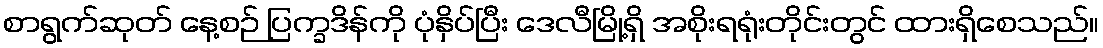
စာရွက်ဆုတ် နေ့စဉ် ပြက္ခဒိန်ကို ပုံနှိပ်ပြီး ဒေလီမြို့ရှိ အစိုးရရုံးတိုင်းတွင် ထားရှိစေသည်။